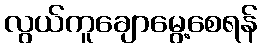
လွယ်ကူချောမွေ့စေရန်